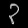
Digit: ၃